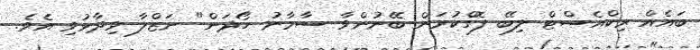
ބައެއް ރިކްއެސްޓް ލިބޭ ފޮގްކުރަން ބޭނުންވާ ސާމާނު ހޯދަން" ނަޒްލާ ވިދާޅުވި އެވެ.